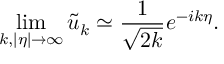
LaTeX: \operatorname * { l i m } _ { k , | \eta | \rightarrow \infty } \tilde { u } _ { k } \simeq \frac { 1 } { \sqrt { 2 k } } e ^ { - i k \eta } .